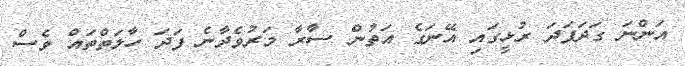
އަންނަ ގަދަފަދަ ރުޅީގައި އޭނަގެ އަތުން ސާރާ މަރުވެދާނެ ފަދަ ހާލަތްތައް ވެސް